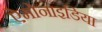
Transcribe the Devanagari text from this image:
ऐमोनाइडिया